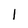
Character: I